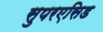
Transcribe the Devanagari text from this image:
सुपरएसिड